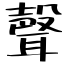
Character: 聲